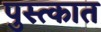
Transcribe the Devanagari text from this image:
पुस्त्कात